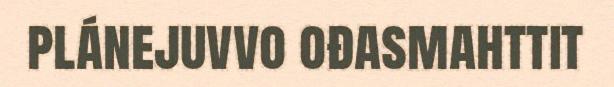
plánejuvvo ođasmahttit